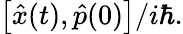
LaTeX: \begin{array}{r}{\left[{\hat{x}}(t),\hat{p}(0)\right]/i\hbar.}\end{array}